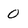
Character: 0